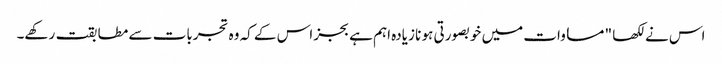
اس نے لکھا " مساوات میں خوبصورتی ہو نا زیادہ اہم ہے بجز اس کے کہ وہ تجربات سے مطابقت رکھے۔